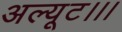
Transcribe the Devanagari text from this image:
अल्यूट।।।